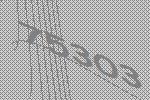
75303